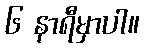
၆ နာရီမှာပါ။